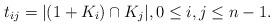
LaTeX: \begin{align*}t_{ij}=|(1+K_i)\cap K_j|,0\le i,j\le n-1.\end{align*}